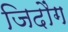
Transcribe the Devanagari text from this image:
जिदौंग